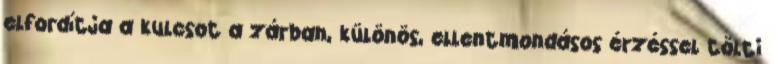
elfordítja a kulcsot a zárban, különös, ellentmondásos érzéssel tölti